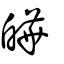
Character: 皣